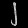
Digit: ၂